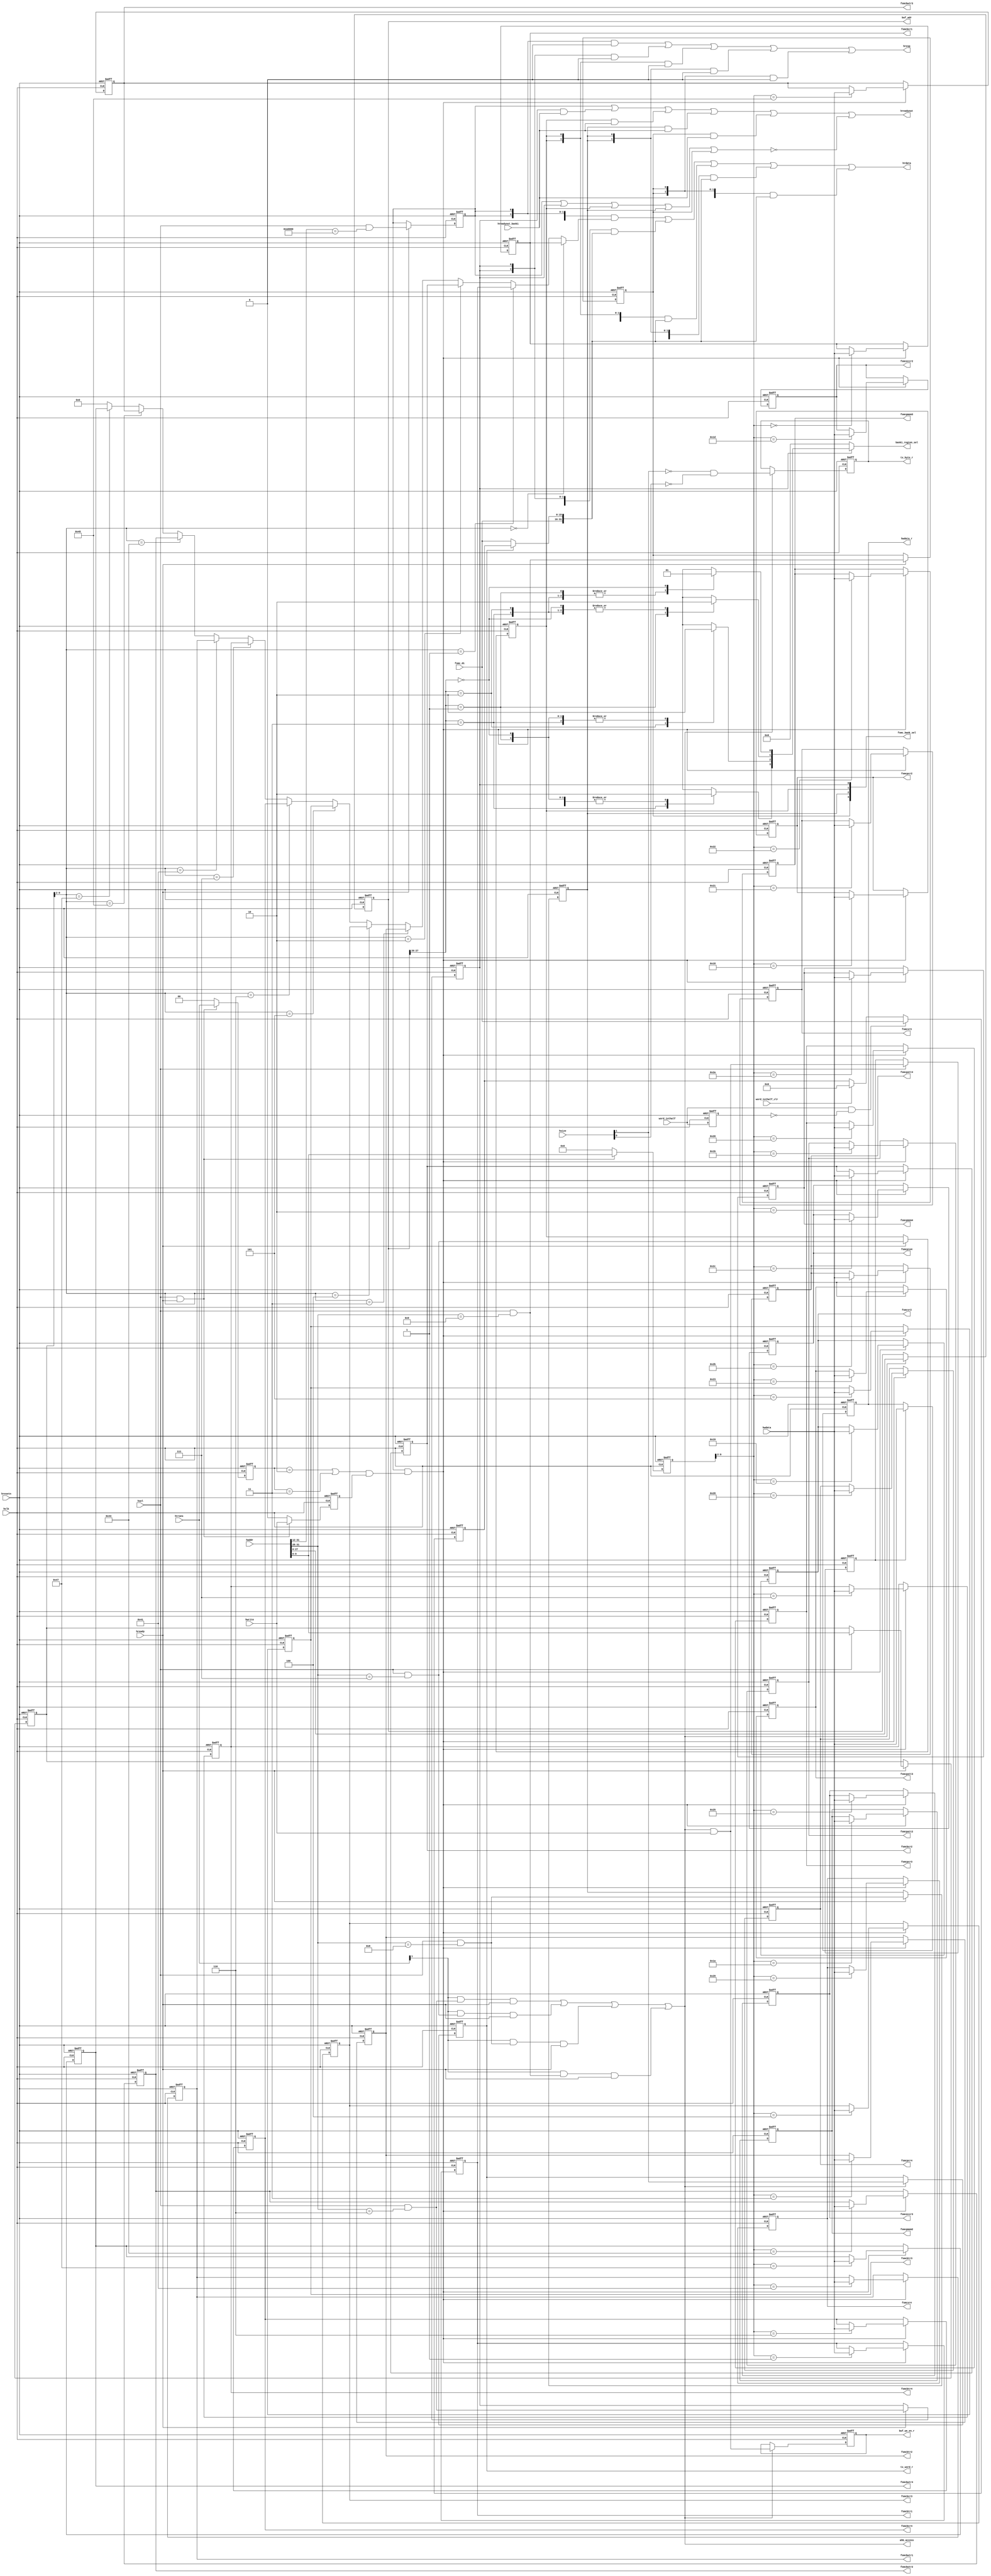
//============================================================================
//  Function    : AMBA 2.0 AHB Slave interface
//                Connect the sram controller into AHB bus and generate
//                sram control signals: sram address, rd/wr operation and chip
//                select signals etc.
//  Version     : 0.1
//----------------------------------------------------------------------------
//  Version     : 1.0
//  Description : added "default case" in case(haddr_sel) list.
//----------------------------------------------------------------------------

  `define FSMC_BCR1     8'h00
  `define FSMC_BTR1     8'h01
  `define FSMC_BCR2     8'h02
  `define FSMC_BTR2     8'h03
  `define FSMC_BCR3     8'h04
  `define FSMC_BTR3     8'h05
  `define FSMC_BCR4     8'h06
  `define FSMC_BTR4     8'h07
  `define FSMC_BWTR1    8'h41
  `define FSMC_BWTR2    8'h43
  `define FSMC_BWTR3    8'h45
  `define FSMC_BWTR4    8'h47
  `define FSMC_PCR2     8'h18
  `define FSMC_PCR3     8'h20
  `define FSMC_PCR4     8'h28
  `define FSMC_SR2      8'h19
  `define FSMC_SR3      8'h21
  `define FSMC_SR4      8'h29
  `define FSMC_PMEM2    8'h1a
  `define FSMC_PMEM3    8'h22
  `define FSMC_PMEM4    8'h2a
  `define FSMC_PATT2    8'h1b
  `define FSMC_PATT3    8'h23
  `define FSMC_PATT4    8'h2b
  `define FSMC_PIO4     8'h2c
  `define FSMC_ECCR2    8'h1d
  `define FSMC_ECCR3    8'h25

module ahb_slave_if (
  //input signals
  input             hclk            , // System clock (May be gated externally to this block)
  input             hresetn         , // System reset
  input             hsel            , // AHB slave selected
  input             hwrite          , // AHB transfer direction
  input             hready          , // AHB bus ready
  input      [ 1:0] htrans          , // AHB transaction type
  input      [ 2:0] hsize           , // AHB transfer size
  input      [31:0] hwdata          , // AHB write data bus
  input      [31:0] haddr           , // AHB transfer address
  input      [15:0] fsmc_di         ,
  input             word_1sthalf    ,
  input             word_1sthalf_clr,
  input             hreadyout_bank1 ,
  //output signals
  output            hreadyout       , // AHB slave ready
  output     [ 1:0] hresp           , // AHB response
  output     [31:0] hrdata          , // AHB read data bus
  output reg [31:0] fsmcbcr1        ,
  output reg [31:0] fsmcbtr1        ,
  output reg [31:0] fsmcbcr2        ,
  output reg [31:0] fsmcbtr2        ,
  output reg [31:0] fsmcbcr3        ,
  output reg [31:0] fsmcbtr3        ,
  output reg [31:0] fsmcbcr4        ,
  output reg [31:0] fsmcbtr4        ,
  output reg [31:0] fsmcbwtr1       ,
  output reg [31:0] fsmcbwtr2       ,
  output reg [31:0] fsmcbwtr3       ,
  output reg [31:0] fsmcbwtr4       ,
  output reg [31:0] fsmcpcr2        ,
  output reg [31:0] fsmcpcr3        ,
  output reg [31:0] fsmcpcr4        ,
  output reg [31:0] fsmcsr2         ,
  output reg [31:0] fsmcsr3         ,
  output reg [31:0] fsmcsr4         ,
  output reg [31:0] fsmcpmem2       ,
  output reg [31:0] fsmcpmem3       ,
  output reg [31:0] fsmcpmem4       ,
  output reg [31:0] fsmcpatt2       ,
  output reg [31:0] fsmcpatt3       ,
  output reg [31:0] fsmcpatt4       ,
  output reg [31:0] fsmcpio4        ,
  output reg [31:0] fsmceccr2       ,
  output reg [31:0] fsmceccr3       ,
  output reg        buf_we_en_r     ,
  output reg        tx_byte_r       ,
  output reg        tx_word_r       ,
  output            ahb_access      ,
  output     [ 3:0] fsmc_bank_sel   ,
  output reg [ 3:0] bank1_region_sel,
  output reg [27:0] buf_adr         ,
  output reg [31:0] hwdata_r
);
  //-------------------------------------------------------
  //internal registers used for temp the input ahb signals
  //-------------------------------------------------------
  //temperate all the AHB input signals
  reg        hwrite_r;
  reg [2:0]  hsize_r ;
  reg [1:0]  htrans_r;
  reg [31:0] haddr_r;

  //------------------------------------------------------
  //Internal signals
  //------------------------------------------------------
  reg ahb_write_r;
  reg tx_half_r  ;
  /*------------------------------------------------------------------------------
  --  register default value
  ------------------------------------------------------------------------------*/
  localparam FSMC_BCR1_DEF = 32'h0000_30DB;
  // x is 1-4 except FSMC_BCR1
  localparam FSMC_BCRx_DEF  = 32'h0000_30D2;
  localparam FSMC_PCRx_DEF  = 32'h0000_0018;
  localparam FSMC_SRx_DEF   = 32'h0000_0040;
  localparam FSMC_PMEMx_DEF = 32'hFCFC_FCFC;
  localparam FSMC_PATTx_DEF = 32'hFCFC_FCFC;
  localparam FSMC_PIO4_DEF  = 32'hFCFC_FCFC;
  localparam FSMC_BTRx_DEF  = 32'h0FFF_FFFF;
  localparam FSMC_BWTx_DEF  = 32'h0FFF_FFFF;

  localparam NONSEQ = 2'b10;
  localparam SEQ    = 2'b11;

  reg        hsel_ctl_r          ;
  reg        hsel_bank1_r        ;
  reg        hsel_bank2_r        ;
  reg        hsel_bank3_r        ;
  reg        hsel_bank4_r        ;
  reg        word_1sthalf_r      ;
  reg [15:0] fsmc_di_word_1sthalf;

  //---------------------------------------------------------
  //  Combinatorial portion
  //---------------------------------------------------------
  assign fsmc_bank_sel = {hsel_bank4_r, hsel_bank3_r, hsel_bank2_r, hsel_bank1_r};

  //-----------------------------------------------------------------------------
  // AHB write register address control
  //-----------------------------------------------------------------------------
  wire hsel_ctl   = hsel && (haddr[31:12] == 20'ha_0000);
  wire hsel_bank1 = hsel && (haddr[31:28] == 4'h6)      ;
  wire hsel_bank2 = hsel && (haddr[31:28] == 4'h7)      ;
  wire hsel_bank3 = hsel && (haddr[31:28] == 4'h8)      ;
  wire hsel_bank4 = hsel && (haddr[31:28] == 4'h9)      ;

  wire hwrite_en = ((htrans_r == NONSEQ) || (htrans_r == SEQ)) && hwrite_r;
  // Detect a valid write to this slave reg field
  wire hwrite_trans  = hsel_ctl_r & hwrite_en;

  // Registered HSEL
  always @(posedge hclk or negedge hresetn) begin
    if(!hresetn) begin
      hsel_ctl_r   <= 1'b0;
      hsel_bank1_r <= 1'b0;
      hsel_bank2_r <= 1'b0;
      hsel_bank3_r <= 1'b0;
      hsel_bank4_r <= 1'b0;
    end
    else if (hready) begin
      hsel_ctl_r   <= hsel_ctl  ;
      hsel_bank1_r <= hsel_bank1;
      hsel_bank2_r <= hsel_bank2;
      hsel_bank3_r <= hsel_bank3;
      hsel_bank4_r <= hsel_bank4;
    end
  end

  always@(posedge hclk or negedge hresetn) begin
    if(!hresetn) begin
      hwrite_r <= 1'b0  ;
      hsize_r  <= 3'b0  ;
      htrans_r <= 2'b0  ;
      haddr_r  <= 32'b0 ;
    end
    else if(hsel && hready) begin
      hwrite_r <= hwrite ;
      hsize_r  <= hsize  ;
      htrans_r <= htrans ;
      haddr_r  <= haddr  ;
    end else begin
      hwrite_r <= 1'b0  ;
      hsize_r  <= 3'b0  ;
      htrans_r <= 2'b0  ;
      haddr_r  <= 32'b0 ;
    end
  end

  always @(posedge hclk or negedge hresetn) begin
    if(!hresetn) begin
      fsmcbcr1  <= FSMC_BCR1_DEF;
      fsmcbtr1  <= FSMC_BTRx_DEF;
      fsmcbcr2  <= FSMC_BCRx_DEF;
      fsmcbtr2  <= FSMC_BTRx_DEF;
      fsmcbcr3  <= FSMC_BCRx_DEF;
      fsmcbtr3  <= FSMC_BTRx_DEF;
      fsmcbcr4  <= FSMC_BCRx_DEF;
      fsmcbtr4  <= FSMC_BTRx_DEF;
      fsmcbwtr1 <= FSMC_BWTx_DEF;
      fsmcbwtr2 <= FSMC_BWTx_DEF;
      fsmcbwtr3 <= FSMC_BWTx_DEF;
      fsmcbwtr4 <= FSMC_BWTx_DEF;
      fsmcpcr2  <= FSMC_PCRx_DEF;
      fsmcpcr3  <= FSMC_PCRx_DEF;
      fsmcpcr4  <= FSMC_PCRx_DEF;
      fsmcsr2   <= FSMC_SRx_DEF;
      fsmcsr3   <= FSMC_SRx_DEF;
      fsmcsr4   <= FSMC_SRx_DEF;
      fsmcpmem2 <= FSMC_PMEMx_DEF;
      fsmcpmem3 <= FSMC_PMEMx_DEF;
      fsmcpmem4 <= FSMC_PMEMx_DEF;
      fsmcpatt2 <= FSMC_PATTx_DEF;
      fsmcpatt3 <= FSMC_PATTx_DEF;
      fsmcpatt4 <= FSMC_PATTx_DEF;
      fsmcpio4  <= FSMC_PIO4_DEF;
      fsmceccr2 <= 32'd0;
      fsmceccr3 <= 32'd0;
    end
    else if (hwrite_trans) begin
      case (haddr_r[9:2])
        `FSMC_BCR1  : fsmcbcr1  <= hwdata;
        `FSMC_BTR1  : fsmcbtr1  <= hwdata;
        `FSMC_BCR2  : fsmcbcr2  <= hwdata;
        `FSMC_BTR2  : fsmcbtr2  <= hwdata;
        `FSMC_BCR3  : fsmcbcr3  <= hwdata;
        `FSMC_BTR3  : fsmcbtr3  <= hwdata;
        `FSMC_BCR4  : fsmcbcr4  <= hwdata;
        `FSMC_BTR4  : fsmcbtr4  <= hwdata;
        `FSMC_BWTR1 : fsmcbwtr1 <= hwdata;
        `FSMC_BWTR2 : fsmcbwtr2 <= hwdata;
        `FSMC_BWTR3 : fsmcbwtr3 <= hwdata;
        `FSMC_BWTR4 : fsmcbwtr4 <= hwdata;
        `FSMC_PCR2  : fsmcpcr2  <= hwdata;
        `FSMC_PCR3  : fsmcpcr3  <= hwdata;
        `FSMC_PCR4  : fsmcpcr4  <= hwdata;
        `FSMC_SR2   : fsmcsr2   <= hwdata;
        `FSMC_SR3   : fsmcsr3   <= hwdata;
        `FSMC_SR4   : fsmcsr4   <= hwdata;
        `FSMC_PMEM2 : fsmcpmem2 <= hwdata;
        `FSMC_PMEM3 : fsmcpmem3 <= hwdata;
        `FSMC_PMEM4 : fsmcpmem4 <= hwdata;
        `FSMC_PATT2 : fsmcpatt2 <= hwdata;
        `FSMC_PATT3 : fsmcpatt3 <= hwdata;
        `FSMC_PATT4 : fsmcpatt4 <= hwdata;
        `FSMC_PIO4  : fsmcpio4  <= hwdata;
        `FSMC_ECCR2 : fsmceccr2 <= hwdata;
        `FSMC_ECCR3 : fsmceccr3 <= hwdata;
      endcase
    end
  end

  //-----------------------------------------------------------------------------
  // AHB register read mux
  //-----------------------------------------------------------------------------
  reg [9:0] read_mux;

  // Drive read mux next state from word address when selected
  wire [9:0] nxt_read_mux = hsel ? haddr[9:0] : read_mux;

  always @(posedge hclk or negedge hresetn)
    if(!hresetn)
      read_mux <= 10'b0;          // Set select to input on reset
    else if(hready)               // When bus is ready:
      read_mux <= nxt_read_mux;   // assign mux select next value

  wire [31:0] hrdata0  = ((read_mux[9:2] == `FSMC_BCR1 ) ? fsmcbcr1  :
                          (read_mux[9:2] == `FSMC_BTR1 ) ? fsmcbtr1  :
                          (read_mux[9:2] == `FSMC_BCR2 ) ? fsmcbcr2  :
                          (read_mux[9:2] == `FSMC_BTR2 ) ? fsmcbtr2  :
                          (read_mux[9:2] == `FSMC_BCR3 ) ? fsmcbcr3  :
                          (read_mux[9:2] == `FSMC_BTR3 ) ? fsmcbtr3  :
                          (read_mux[9:2] == `FSMC_BCR4 ) ? fsmcbcr4  :
                          (read_mux[9:2] == `FSMC_BTR4 ) ? fsmcbtr4  :
                          (read_mux[9:2] == `FSMC_BWTR1) ? fsmcbwtr1 :
                          (read_mux[9:2] == `FSMC_BWTR2) ? fsmcbwtr2 :
                          (read_mux[9:2] == `FSMC_BWTR3) ? fsmcbwtr3 :
                          (read_mux[9:2] == `FSMC_BWTR4) ? fsmcbwtr4 : 32'd0
                         );

  //-----------------------------------------------------------------------------
  // AHB tie offs
  //-----------------------------------------------------------------------------
  wire hreadyout_ctl = 1'b1 ; // All accesses to fsmc are zero-wait
  wire hresp0        = 2'b00; // Generate OK responses only
  wire hresp1        = 2'b00; // Generate OK responses only
  wire hresp2        = 2'b00; // Generate OK responses only
  wire hresp3        = 2'b00; // Generate OK responses only
  wire hresp4        = 2'b00; // Generate OK responses only

  // ----------------------------------------------------------
  // Read/write control logic
  // ----------------------------------------------------------
  wire ahb_access1 = htrans[1] & hsel_bank1 & hready;
  wire ahb_access2 = htrans[1] & hsel_bank2 & hready;
  wire ahb_access3 = htrans[1] & hsel_bank3 & hready;
  wire ahb_access4 = htrans[1] & hsel_bank4 & hready;
  wire ahb_write  = ahb_access & hwrite;
  assign ahb_access = ahb_access1 | ahb_access2 | ahb_access3 | ahb_access4;

  always @(*) begin
    bank1_region_sel = 4'b0000;
    if(hsel_bank1_r)
      case (buf_adr[27:26])
        2'b11 : bank1_region_sel[3] = 1'b1;
        2'b10 : bank1_region_sel[2] = 1'b1;
        2'b01 : bank1_region_sel[1] = 1'b1;
        2'b00 : bank1_region_sel[0] = 1'b1;
      endcase
  end

  // ----------------------------------------------------------
  // Byte lane decoder and next state logic
  // ----------------------------------------------------------
  wire tx_byte = ~hsize[1] & ~hsize[0];
  wire tx_half = ~hsize[1] &  hsize[0];
  wire tx_word =  hsize[1]            ;

  wire byte_at_00 = tx_byte & ~haddr[1] & ~haddr[0];
  wire byte_at_01 = tx_byte & ~haddr[1] &  haddr[0];
  wire byte_at_10 = tx_byte &  haddr[1] & ~haddr[0];
  wire byte_at_11 = tx_byte &  haddr[1] &  haddr[0];

  wire half_at_00 = tx_half & ~haddr[1];
  wire half_at_10 = tx_half &  haddr[1];

  wire word_at_00 = tx_word;

  wire byte_sel_0 = word_at_00 | half_at_00 | byte_at_00;
  wire byte_sel_1 = word_at_00 | half_at_00 | byte_at_01;
  wire byte_sel_2 = word_at_00 | half_at_10 | byte_at_10;
  wire byte_sel_3 = word_at_00 | half_at_10 | byte_at_11;

  wire buf_we_en = ahb_write;

  wire word_1sthalf_rise = word_1sthalf & ~word_1sthalf_r;

  //--------------------------------------------------------
  //  Sequential portion
  //--------------------------------------------------------
  always @ (posedge hclk or negedge hresetn) begin
    if (!hresetn)
      word_1sthalf_r <= 16'b0;
    else
      word_1sthalf_r <= word_1sthalf;
  end

  always @ (posedge hclk or negedge hresetn) begin
    if (!hresetn)
      fsmc_di_word_1sthalf <= 16'b0;
    else if(word_1sthalf_rise)
      fsmc_di_word_1sthalf <= fsmc_di;
    else if(word_1sthalf_clr)
      fsmc_di_word_1sthalf <= 16'b0;
  end

  always @ (posedge hclk or negedge hresetn) begin
    if (!hresetn)
      ahb_write_r <= 1'b0;
    else if(hsel)
      ahb_write_r <= ahb_write;
  end

  always @ (posedge hclk or negedge hresetn) begin
    if (!hresetn)
      buf_adr <= 28'b0;
    else if(ahb_access)
      buf_adr <= haddr[27:0];
  end

  always @ (posedge hclk or negedge hresetn) begin
    if (!hresetn)
      hwdata_r <= 32'b0;
    else if(ahb_write_r)
      hwdata_r <= hwdata[31:0];
  end

  always @ (posedge hclk or negedge hresetn) begin
    if (!hresetn) begin
      buf_we_en_r <= 1'b0;
      tx_byte_r   <= 1'b0;
      tx_half_r   <= 1'b0;
      tx_word_r   <= 1'b0;
    end
    else if(ahb_access) begin
      buf_we_en_r <= buf_we_en;
      tx_byte_r   <= tx_byte;
      tx_half_r   <= tx_half;
      tx_word_r   <= tx_word;
    end
  end

  wire [31:0] hrdata1 = tx_word_r ? {fsmc_di, fsmc_di_word_1sthalf} : {fsmc_di, fsmc_di};

  assign hrdata     = ({32{hsel_ctl_r  }} & hrdata0) |
                      ({32{hsel_bank1_r}} & hrdata1) |
                      ({32{hsel_bank2_r}} & hrdata1) |
                      ({32{hsel_bank3_r}} & hrdata1) |
                      ({32{hsel_bank4_r}} & hrdata1);

  assign hresp      = ({2{hsel_ctl_r  }} & hresp0) |
                      ({2{hsel_bank1_r}} & hresp1) |
                      ({2{hsel_bank2_r}} & hresp2) |
                      ({2{hsel_bank3_r}} & hresp3) |
                      ({2{hsel_bank4_r}} & hresp4);

  assign hreadyout  = (hsel_ctl_r   & hreadyout_ctl  ) |
                      (hsel_bank1_r & hreadyout_bank1) |
                      (hsel_bank2_r & hreadyout_bank1) |
                      (hsel_bank3_r & hreadyout_bank1) |
                      (hsel_bank4_r & hreadyout_bank1) |
                      (~(hsel_ctl_r | hsel_bank1_r | hsel_bank2_r | hsel_bank3_r | hsel_bank4_r));

endmodule